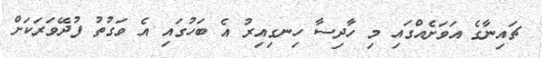
ޗައިނާގެ އަވަށެއްގައި މި ހާދިސާ ހިނގިއިރު އެ ބަހުގައި އެ ވަގުތު ފުދޭވަރަކަށް